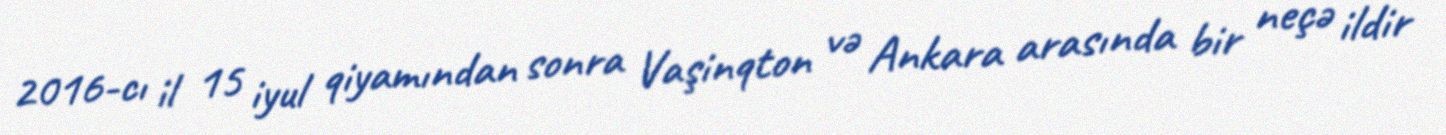
2016-cı il 15 iyul qiyamından sonra Vaşinqton və Ankara arasında bir neçə ildir